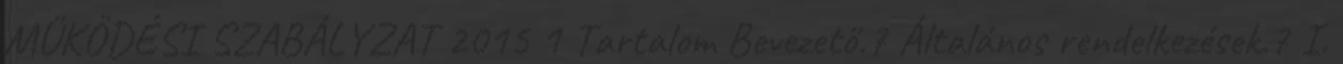
MŰKÖDÉSI SZABÁLYZAT 2015 1 Tartalom Bevezető.7 Általános rendelkezések.7 I.